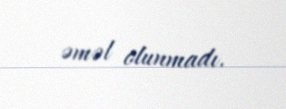
əməl olunmadı.